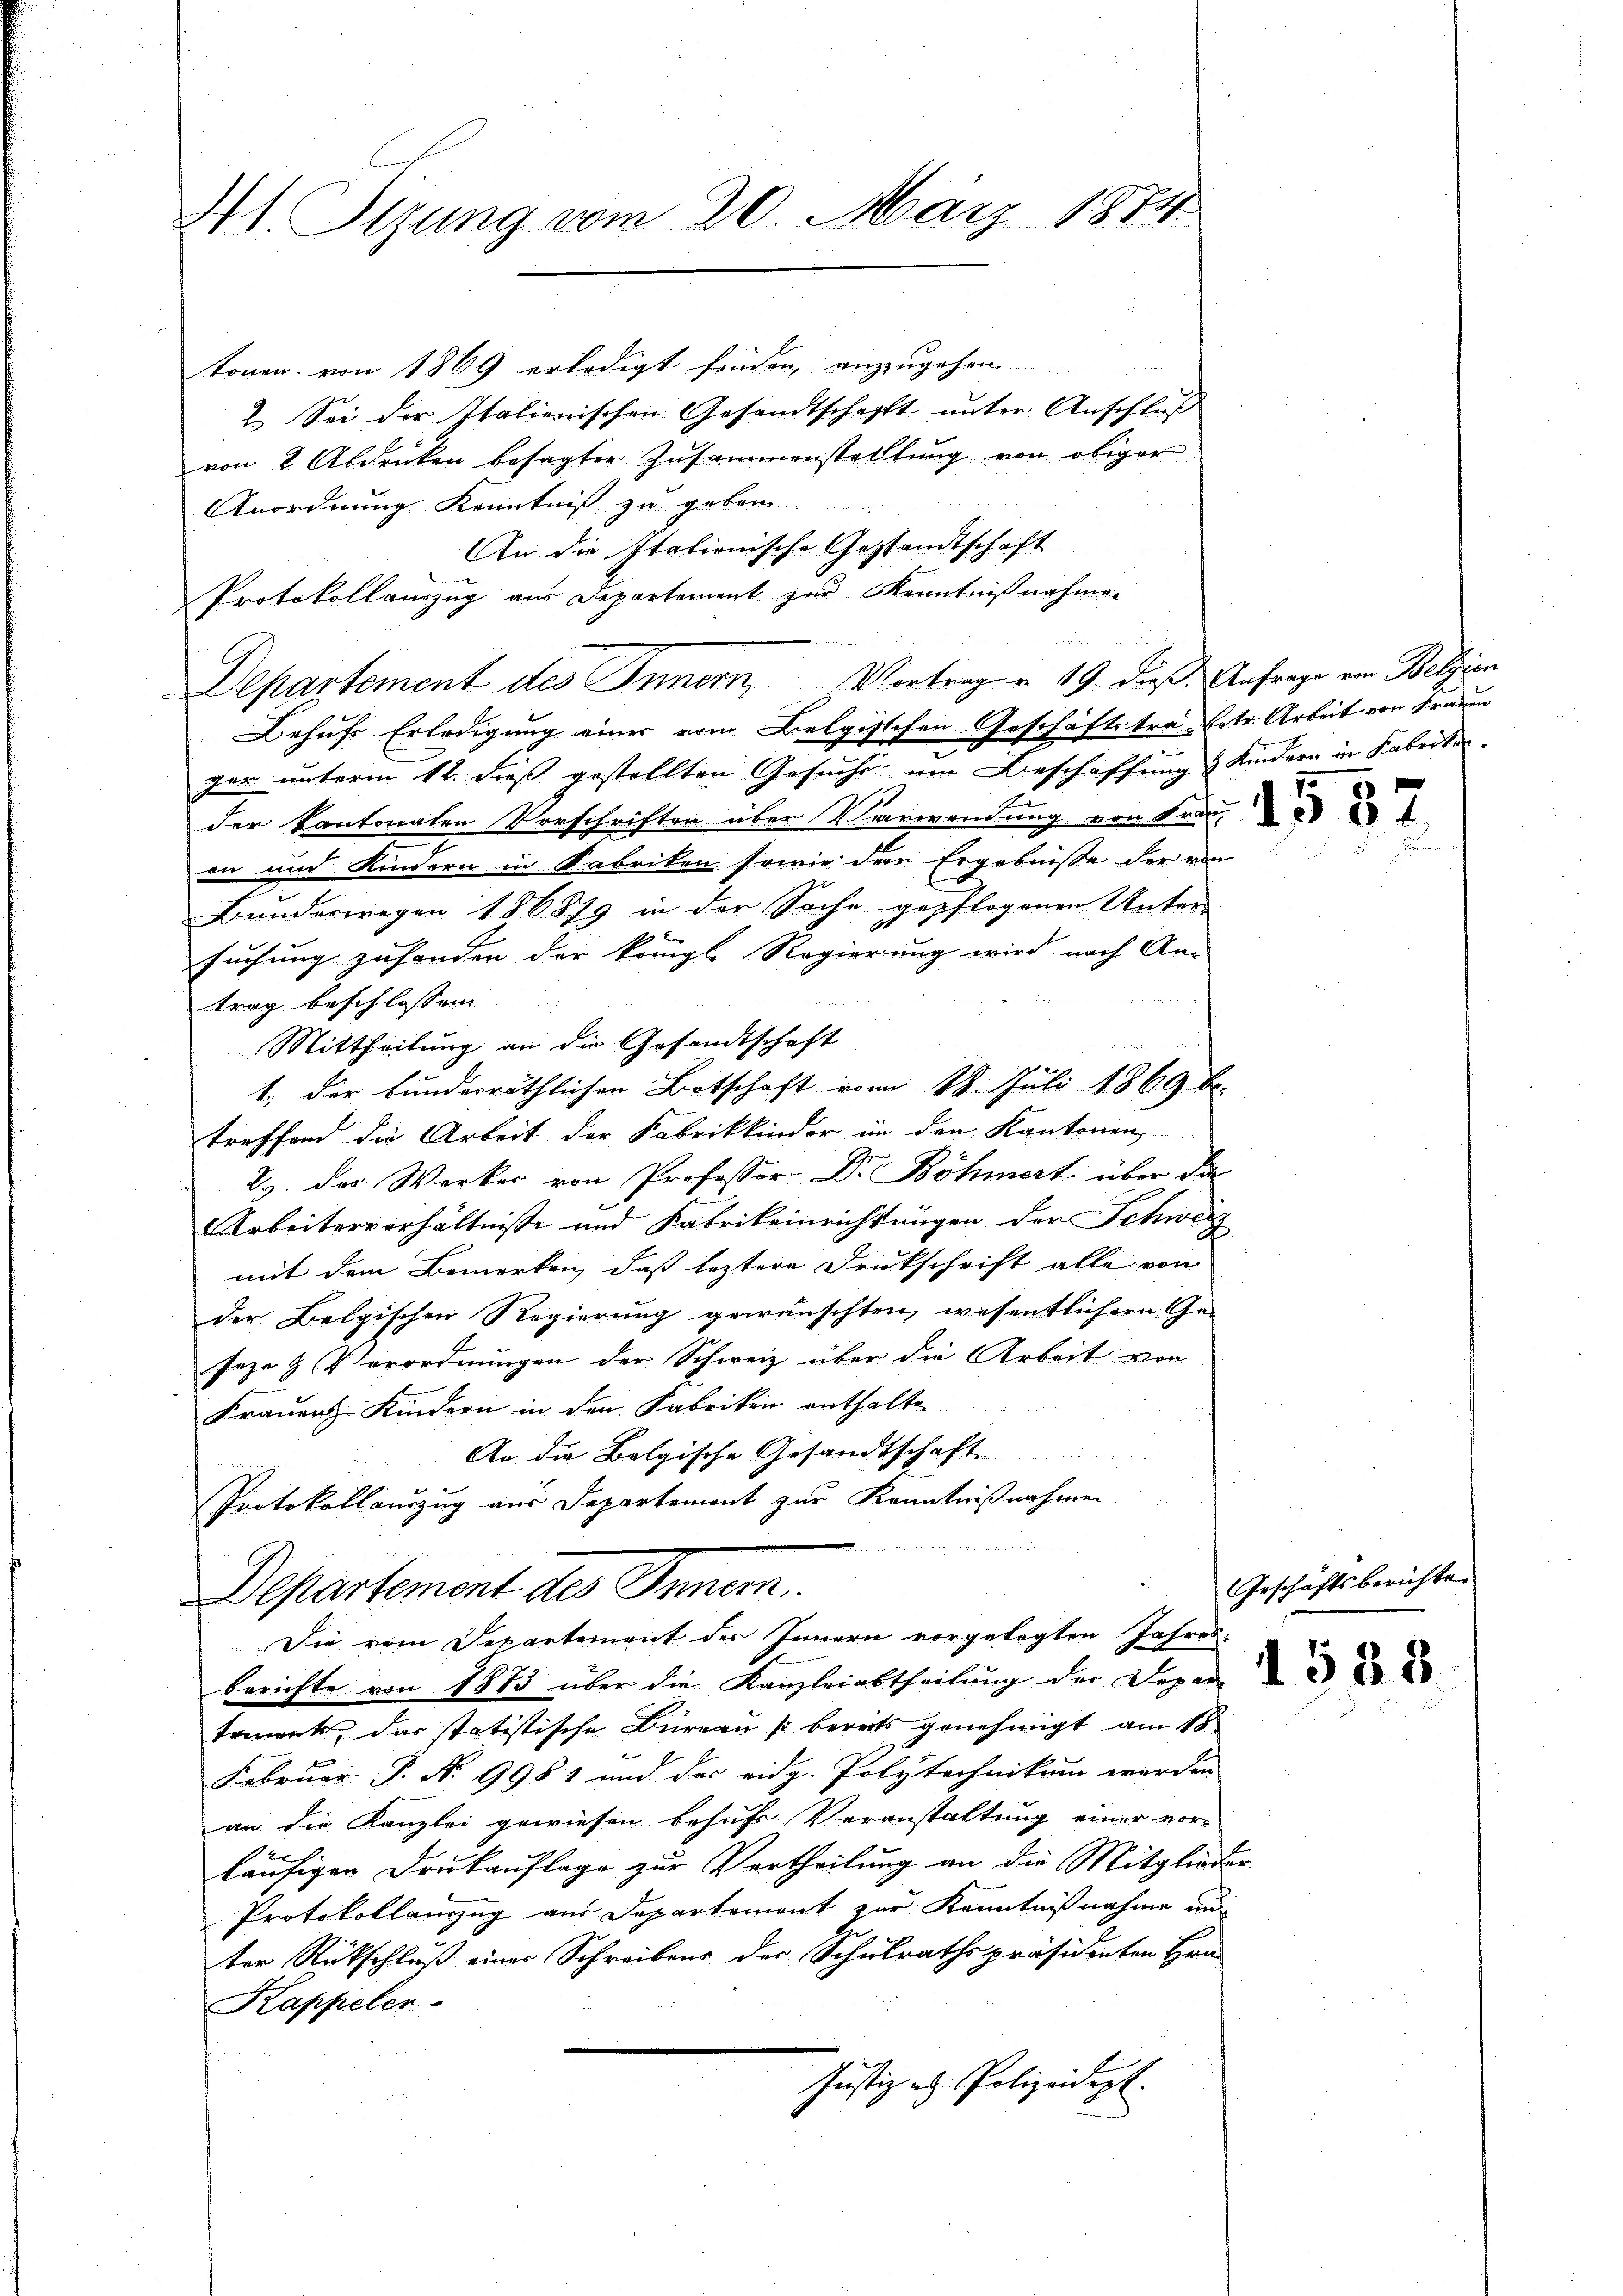
41. Sizung vom 20. März 1874

tonen von 1869 erledigt finden, anzugehen
2. Sei der Italienischen Gesandtschafft unter Anschluß
von 2 Abdrucken besagter Zusammenstelllŭng von obiger
Anordnung Kenntniß zu geben
An die Italionische Gestandtschaft
Protokoll auszug aus Departement zur Kenntnißnahme.
Behufs Erledigung einer vom Belgischen Geschäftstra-Betr. Arbeit von Frauen
ger unterm 12. dieß gestellten Gesuche um Beschaffung & Kindern in Kabriken.
der Kantonaten Vorschriften über Verwendung von Frau
an und Kindern in Fabriken sowie der Ergebnisse der von
Bunderwegen 186879 in der Sache gepflogenen Unter-
suchung zusonden der königl. Regierung wird nach An-

trag beschlossen |
Mittheilung an die Gesandtschaft
1.) Der bunderräthlichen Botschaft vom 18. Juli 1869 be
treffend die Arbeit der Fabrikkinder in den Kantonen,
29. Das Werker von Professor Dr. Böhmert über die
Arbeiterverhältnisse und Fabrikeinrichtungen der Schweiz
mit dem Bemerken, daß leztere Druckschrift alle von
der Belgischen Regierung gewünschten, wesentlichern Ge-
soze & Verordnungen der Schweiz über die Arbeit von
Frauens-Kindern in den Fabriken enthalte.
An die Belgische Gesandtschaft.
Protokollauszug aus Departement zur Kenntnißnahmen
Departement des Innern.
Sie vom Departement der Innern vorgelegten Jahres-
Berichte von 1883 über die Kanzleiabtheilung der Depar
toinets, das statistische Büreau s bereits genehmigt am 18
Februar P. No 9981 und der eidg. Polytechnikum werden |
an die Kanzlei gewiesen behufs Veranstaltung einer vor-
läufiger Drukauflage zur Vertheilung an die Mitglieder
Protokollauszug aus Departement zur Kenntnißnahme un
ter Rückschluß einer Schreibens der Schulrathspräsidenten Hrn.
Kappeler.
Justiz u. Polizeidept.

Departement des Innern, Vortrag u. 19. dieß. Anfrage von Belzion

a

1557

Geschäftsberichte.